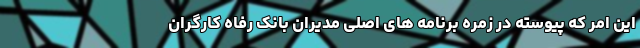
این امر که پیوسته در زمره برنامه های اصلی مدیران بانک رفاه کارگران